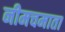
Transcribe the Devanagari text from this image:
नीमचमाता